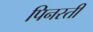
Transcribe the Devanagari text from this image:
पिनस्ती